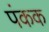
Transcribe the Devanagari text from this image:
पंकक